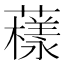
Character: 𧁒